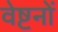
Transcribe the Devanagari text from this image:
वेष्टनों